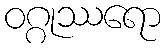
ဝဂ္ဂုဿရော